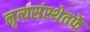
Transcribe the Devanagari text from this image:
नृत्यसंस्थेतर्फे